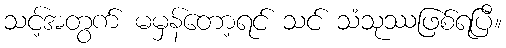
သင့်အတွက် မမှန်တော့ရင် သင် သံသုဿဖြစ်ရပြီ။